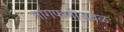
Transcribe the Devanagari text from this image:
नागफणीजवळ